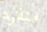
منفرد